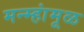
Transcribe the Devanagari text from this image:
मन्म्हांमूळ